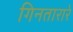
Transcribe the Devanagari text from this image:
गिनतारारे